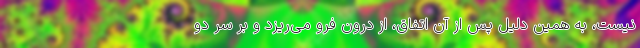
نیست، به همین دلیل پس از آن اتفاق، از درون فرو می‌ریزد و بر سر دو